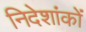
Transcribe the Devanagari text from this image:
निदेशांकों